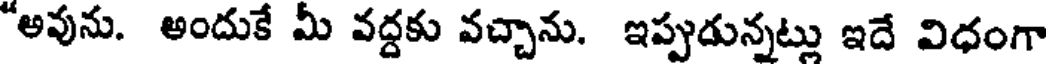
అవును. అందుకే మీ వద్దకు వచ్చాను. ఇప్పుడున్నట్లు ఇదే విధంగా